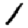
Digit: 1